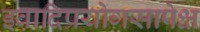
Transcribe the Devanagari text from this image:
इवादिप्रयोगसापेक्ष